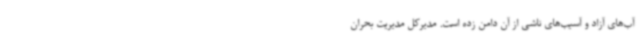
آب‌های آزاد و آسیب‌های ناشی از آن دامن زده است. مدیرکل مدیریت بحران